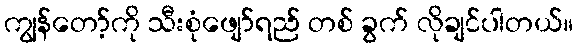
ကျွန်တော့်ကို သီးစုံဖျော်ရည် တစ် ခွက် လိုချင်ပါတယ်။